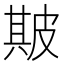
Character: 𤿺